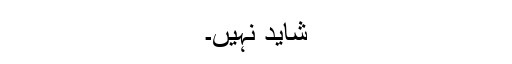
شاید نہیں۔